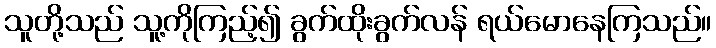
သူတို့သည် သူ့ကိုကြည့်၍ ခွက်ထိုးခွက်လန် ရယ်မောနေကြသည်။